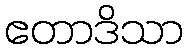
ဧတာဒိသာ